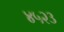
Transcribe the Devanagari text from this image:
४५२३